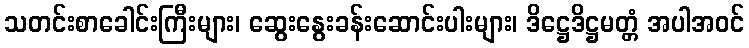
သတင်းစာခေါင်းကြီးများ၊ ဆွေးနွေးခန်းဆောင်းပါးများ၊ ဒိဋ္ဌေဒိဋ္ဌမတ္တံ အပါအဝင်